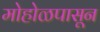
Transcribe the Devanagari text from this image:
मोहोळपासून